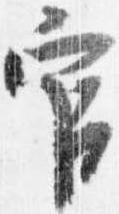
官